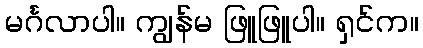
မင်္ဂလာပါ။ ကျွန်မ ဖြူဖြူပါ။ ရှင်က။